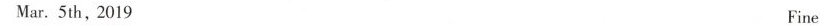
Mar.5th，2019 Fine